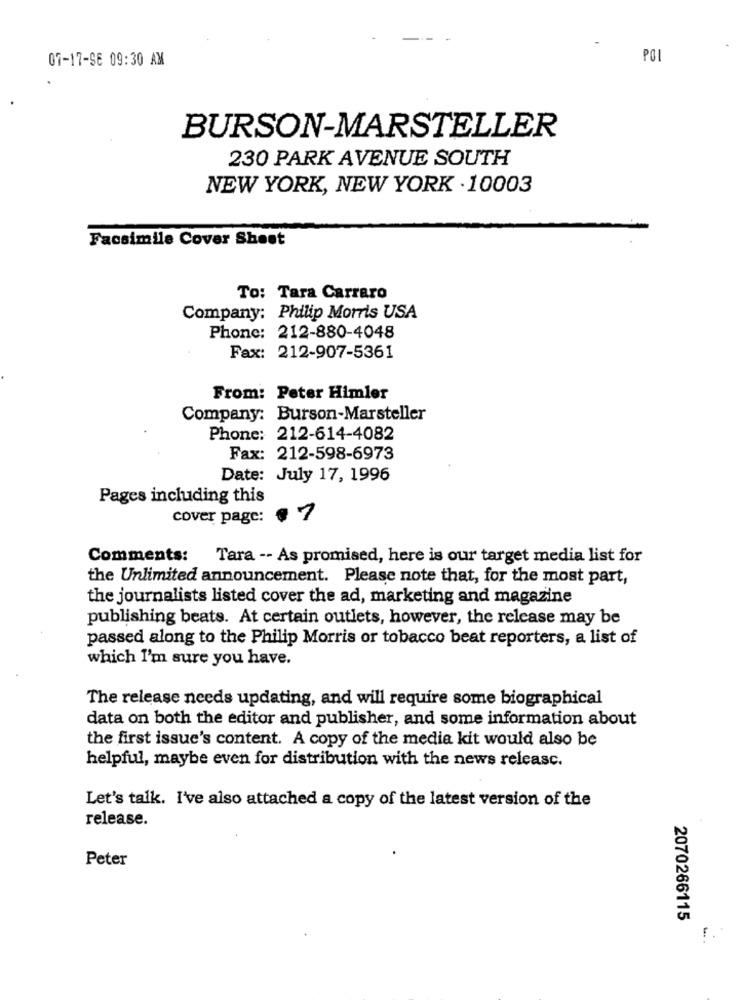
07-17-SE 09:30 AM
POL
BURSON-MARSTELLER
230 PARK AVENUE SOUTH
NEW YORK, NEW YORK . 10003
Facsimile Cover Sheet
To: Tara Carraro
Company: Philip Morris USA
Phone: 212-880-4048
Fax: 212-907-5361
From: Peter Himler
Company: Burson-Marsteller
Phone: 212-614-4082
Fax: 212-598-6973
Date: July 17, 1996
Pages including this
cover page:
·7
Comments: Tara -- As promised, here is our target media list for
the Unlimited announcement. Please note that, for the most part,
the journalists listed cover the ad, marketing and magazine
publishing beats. At certain outlets, however, the release may be
passed along to the Philip Morris or tobacco beat reporters, a list of
which I'm sure you have.
The release needs updating, and will require some biographical
data on both the editor and publisher, and some information about
the first issue's content. A copy of the media kit would also be
helpful, maybe even for distribution with the news releasc.
Let's talk. I've also attached a copy of the latest version of the
release.
Peter
2070266115
F